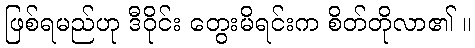
ဖြစ်ရမည်ဟု ဒီဝိုင်း တွေးမိရင်းက စိတ်တိုလာ၏ ။